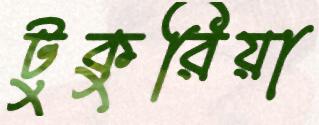
টুকুরিয়া